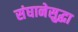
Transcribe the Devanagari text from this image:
संघानेसुद्धा